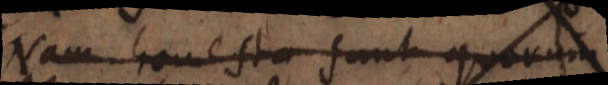
Nam honesta sunt quorum